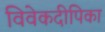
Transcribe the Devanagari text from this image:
विवेकदीपिका